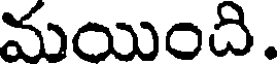
మయింది.